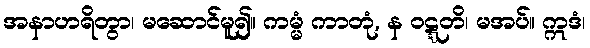
အနာဟရိတွာ၊ မဆောင်မူ၍။ ကမ္မံ ကာတုံ, န ဝဋ္ဋတိ၊ မအပ်။ ဣဒံ၊